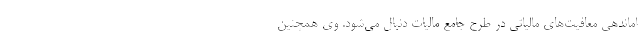
اماندهی معافیت‌های مالیاتی در طرح جامع مالیات دنبال می‌شود. وی همچنین